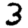
Digit: 3